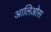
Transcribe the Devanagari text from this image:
आलिओस